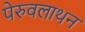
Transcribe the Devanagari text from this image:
पेरुवलाथन